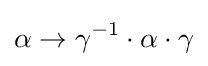
\alpha \to \gamma ^{-1}\cdot \alpha \cdot \gamma